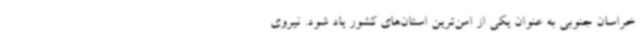
خراسان جنوبی به عنوان یکی از امن‌ترین استان‌های کشور یاد شود. نیروی